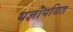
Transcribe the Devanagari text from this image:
यज्ञोपवित